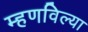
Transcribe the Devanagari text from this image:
म्हणविल्या